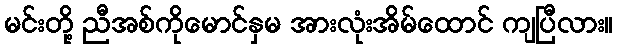
မင်းတို့ ညီအစ်ကိုမောင်နှမ အားလုံးအိမ်ထောင် ကျပြီလား။